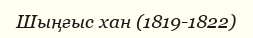
Шыңғыс хан (1819-1822)